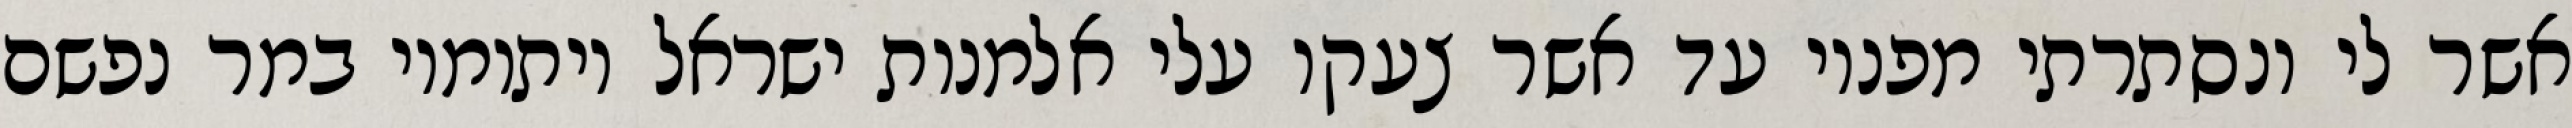
אשר לי ונסתרתי מפניו עד אשר צעקו עלי אלמנות ישראל ויתומיו במר נפשם